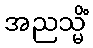
အညသ္မိံ